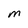
Character: m